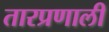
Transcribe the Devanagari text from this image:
तारप्रणाली